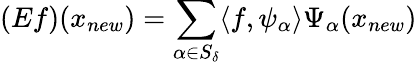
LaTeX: (Ef)(x_{new})=\sum_{\alpha\in S_{\delta}}\langle f,\psi_{\alpha}\rangle\Psi_{\alpha}(x_{new})